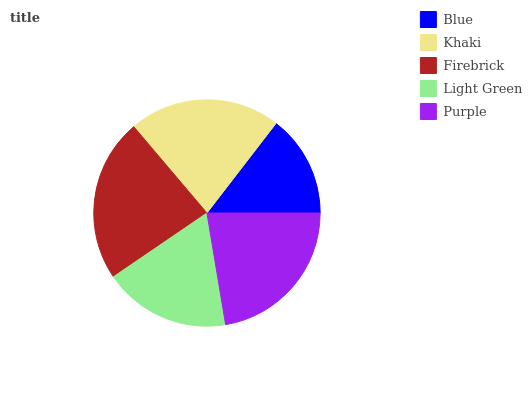
| Blue | Khaki | Firebrick | Light Green | Purple |
 | --- | --- | --- | --- | --- |
 | 14.5% | 21.6% | 23.4% | 18.1% | 22.4% |